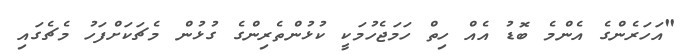
"އަހަރެންގެ އެންމެ ބޮޑު އެއް ހިތް ހަމަޖެހުމަކީ ކުޅުންތެރިންގެ ގުޅުން މެޗަކަށްފަހު މެޗެގައި